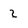
Character: 2